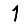
Digit: 1